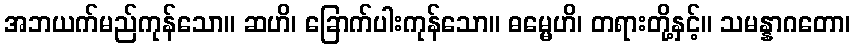
အဘယက်မည်ကုန်သော။ ဆဟိ၊ ခြောက်ပါးကုန်သော။ ဓမ္မေဟိ၊ တရားတို့နှင့်။ သမန္နာဂတော၊